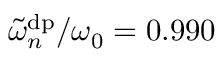
\tilde { \omega } _ { n } ^ { \mathrm { d p } } / \omega _ { 0 } = 0 . 9 9 0